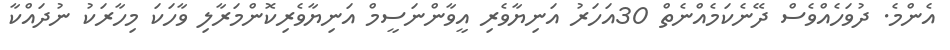
އެންމެ. ދުވަހެއްވެސް ދޭނެކަމެއްނެތް 30އަހަރު އަނިޔާވެރި އީވާންނަސީމް އަނިޔާވެރިކޮންމަރާލި ވާހަކަ މިހާރަކު ނުދައްކާ